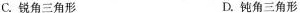
C.锐角三角形 D.钝角三角形